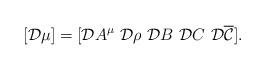
LaTeX: \begin{align*}[{\cal D}\mu]=[{\cal D} A^\mu ~{\cal D} \rho ~{\cal D} B ~{\cal D} C ~{\cal D} \overline{\cal C}].\end{align*}